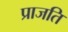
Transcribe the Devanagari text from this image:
प्राजति